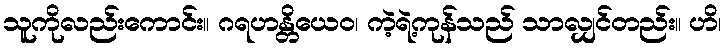
သူကိုလည်းကောင်း။ ဂရဟန္တိယေဝ၊ ကဲ့ရဲ့ကုန်သည် သာလျှင်တည်း။ ဟိ၊